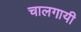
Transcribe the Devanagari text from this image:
चालगायी